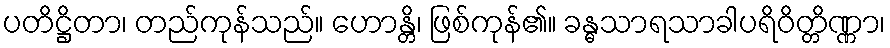
ပတိဋ္ဌိတာ၊ တည်ကုန်သည်။ ဟောန္တိ၊ ဖြစ်ကုန်၏။ ခန္ဓသာရသာခါပရိဝိတ္တိဏ္ဏာ၊